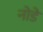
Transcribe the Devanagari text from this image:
नोडे